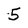
Character: 5